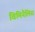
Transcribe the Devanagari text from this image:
विमिनैलिस